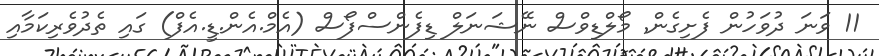
11 ވަނަ ދުވަހުން ފެށިގެން